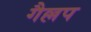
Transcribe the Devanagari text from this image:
गैल्लप